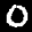
Label: 0